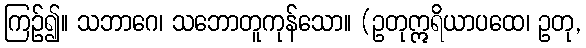
ကြဉ်၍။ သဘာဂေ၊ သဘောတူကုန်သော။ (ဥတုဣရိယာပထေ၊ ဥတု,